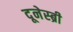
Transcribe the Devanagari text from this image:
दूनेस्ब्री